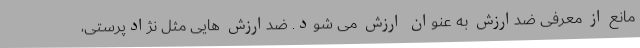
مانع از معرفی ضدارزش به عنوان ارزش می شود. ضدارزش هایی مثل نژادپرستی،